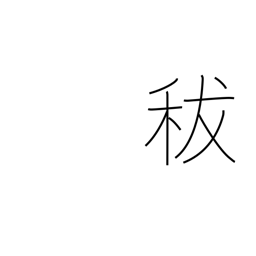
Meaning: damaged grain